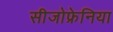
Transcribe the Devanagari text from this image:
सीजोफ्रेनिया